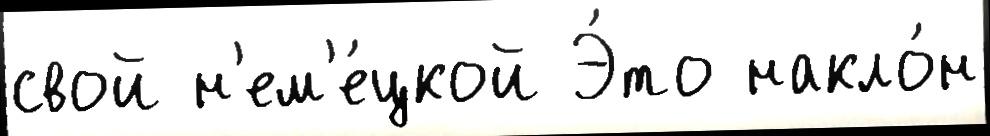
свой н'ем'е́цкой Э́то накло́н